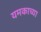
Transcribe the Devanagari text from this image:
यमकाच्या